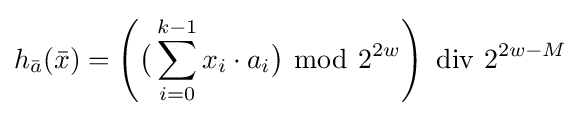
h_{\bar {a}}({\bar {x}})=\left({\big (}\sum _{i=0}^{k-1}x_{i}\cdot a_{i}{\big )}~{\bmod {~}}2^{2w}\right)\,\,\mathrm {div} \,\,2^{2w-M}